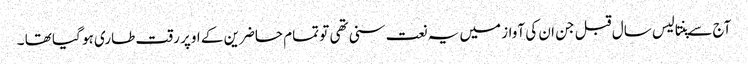
آج سے پنتالیس سال قبل جن ان کی آواز میں یہ نعت سنی تھی تو تمام حاضرین کے اوپر رقت طاری ہو گیا تھا ۔